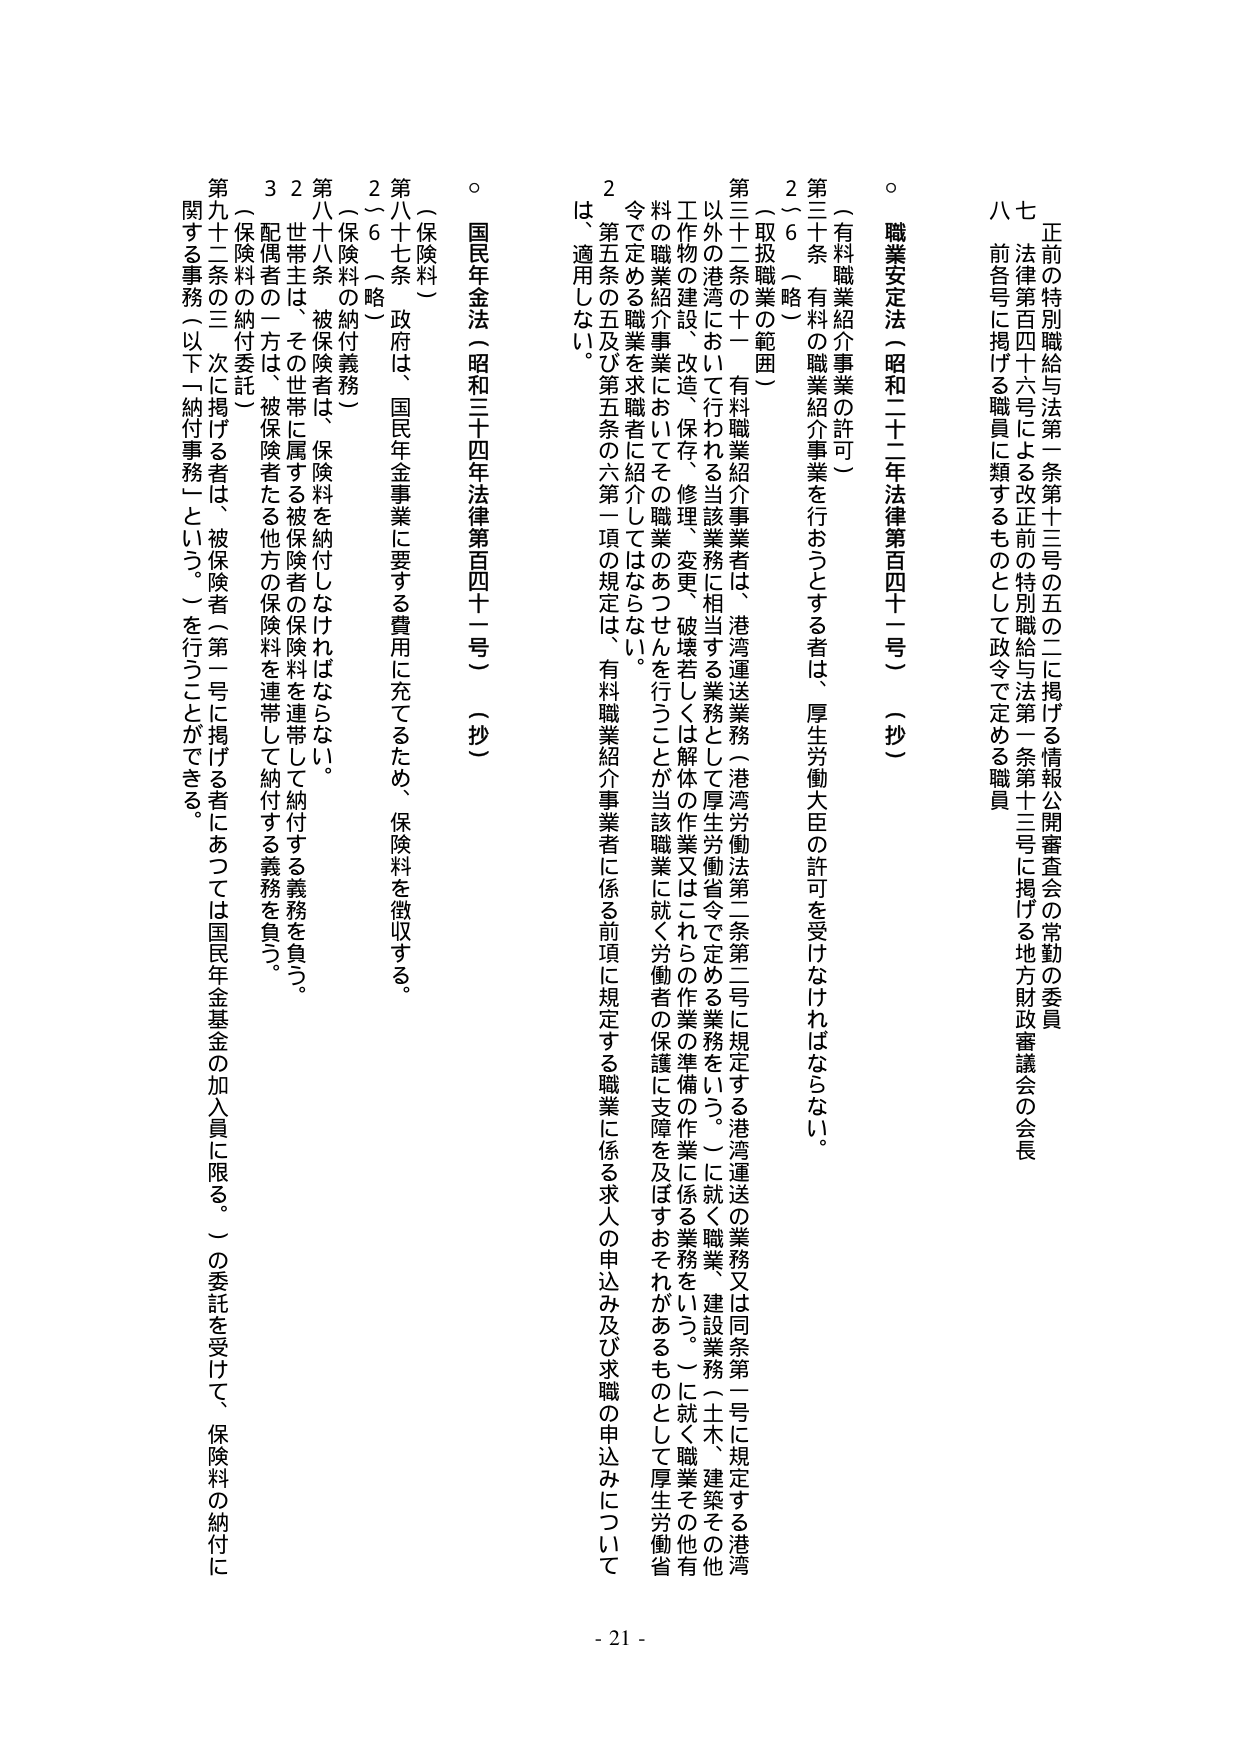
正前の特別職給与法第一条第十三号の五の二に掲げる情報公開審査会の常勤の委員
七　法律第百四十六号による改正前の特別職給与法第一条第十三号に掲げる地方財政審議会の会長
八　前各号に掲げる職員に類するものとして政令で定める職員

○ 職業安定法（昭和二十二年法律第百四十一号）（抄）
（有料職業紹介事業の許可）
第三十条　有料の職業紹介事業を行おうとする者は、厚生労働大臣の許可を受けなければならない。
２～６（略）
（取扱職業の範囲）
第三十一条の十一　有料職業紹介事業者は、港湾運送業務（港湾労働法第二条第二号に規定する港湾運送の業務又は同条第二号に規定する港湾以外の港湾において行われる当該業務に相当する業務として厚生労働省令で定める業務をいう。）に就く職業、建設業務（土木、建築その他工作物の建設、改造、保存、修理、変更、破壊若しくは解体の作業又はこれらの作業の準備の作業に係る業務をいう。）に就く職業その他有料の職業紹介事業においてその職業のあつせんを行うことが当該職業に就く労働者の保護に支障を及ぼすおそれがあるものとして厚生労働省令で定める職業を求職者に紹介してはならない。
２　第五条の五及び第五条の六第一項の規定は、有料職業紹介事業者に係る前項に規定する職業に係る求人の申込み及び求職の申込みについては、適用しない。

○ 国民年金法（昭和三十四年法律第百四十二号）（抄）
（保険料）
第八十七条　政府は、国民年金事業に要する費用に充てるため、保険料を徴収する。
２～６（略）
（保険料の納付義務）
第八十八条　被保険者は、保険料を納付しなければならない。
２　世帯主は、その世帯に属する被保険者の保険料を連帯して納付する義務を負う。
３　配偶者の一方は、被保険者たる他方の保険料を連帯して納付する義務を負う。
（保険料の納付委託）
第九十二条の三　次に掲げる者は、被保険者（第一号に掲げる者にあつては国民年金基金の加入員に限る。）の委託を受けて、保険料の納付に関する事務（以下「納付事務」という。）を行うことができる。

- 21 -